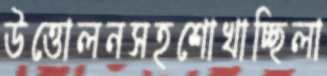
উত্তোলনসহশোখাচ্ছিলা